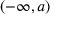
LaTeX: ( - \infty , a )